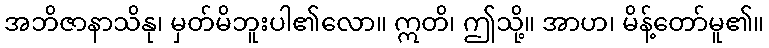
အဘိဇာနာသိနု၊ မှတ်မိဘူးပါ၏လော။ ဣတိ၊ ဤသို့။ အာဟ၊ မိန့်တော်မူ၏။